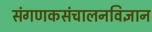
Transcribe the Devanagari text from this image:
संगणकसंचालनविज्ञान